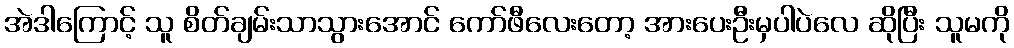
အဲဒါကြောင့် သူ စိတ်ချမ်းသာသွားအောင် ကော်ဖီလေးတော့ အားပေးဦးမှပါပဲလေ ဆိုပြီး သူမကို